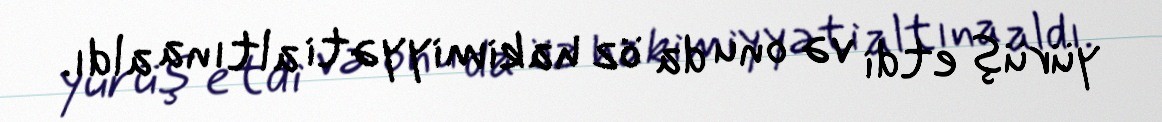
yürüş etdi və onu da öz hakimiyyəti altına aldı.